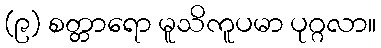
(၉) စတ္တာရော မူသိကူပမာ ပုဂ္ဂလာ။